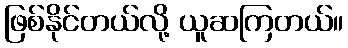
ဖြစ်နိုင်တယ်လို့ ယူဆကြတယ်။